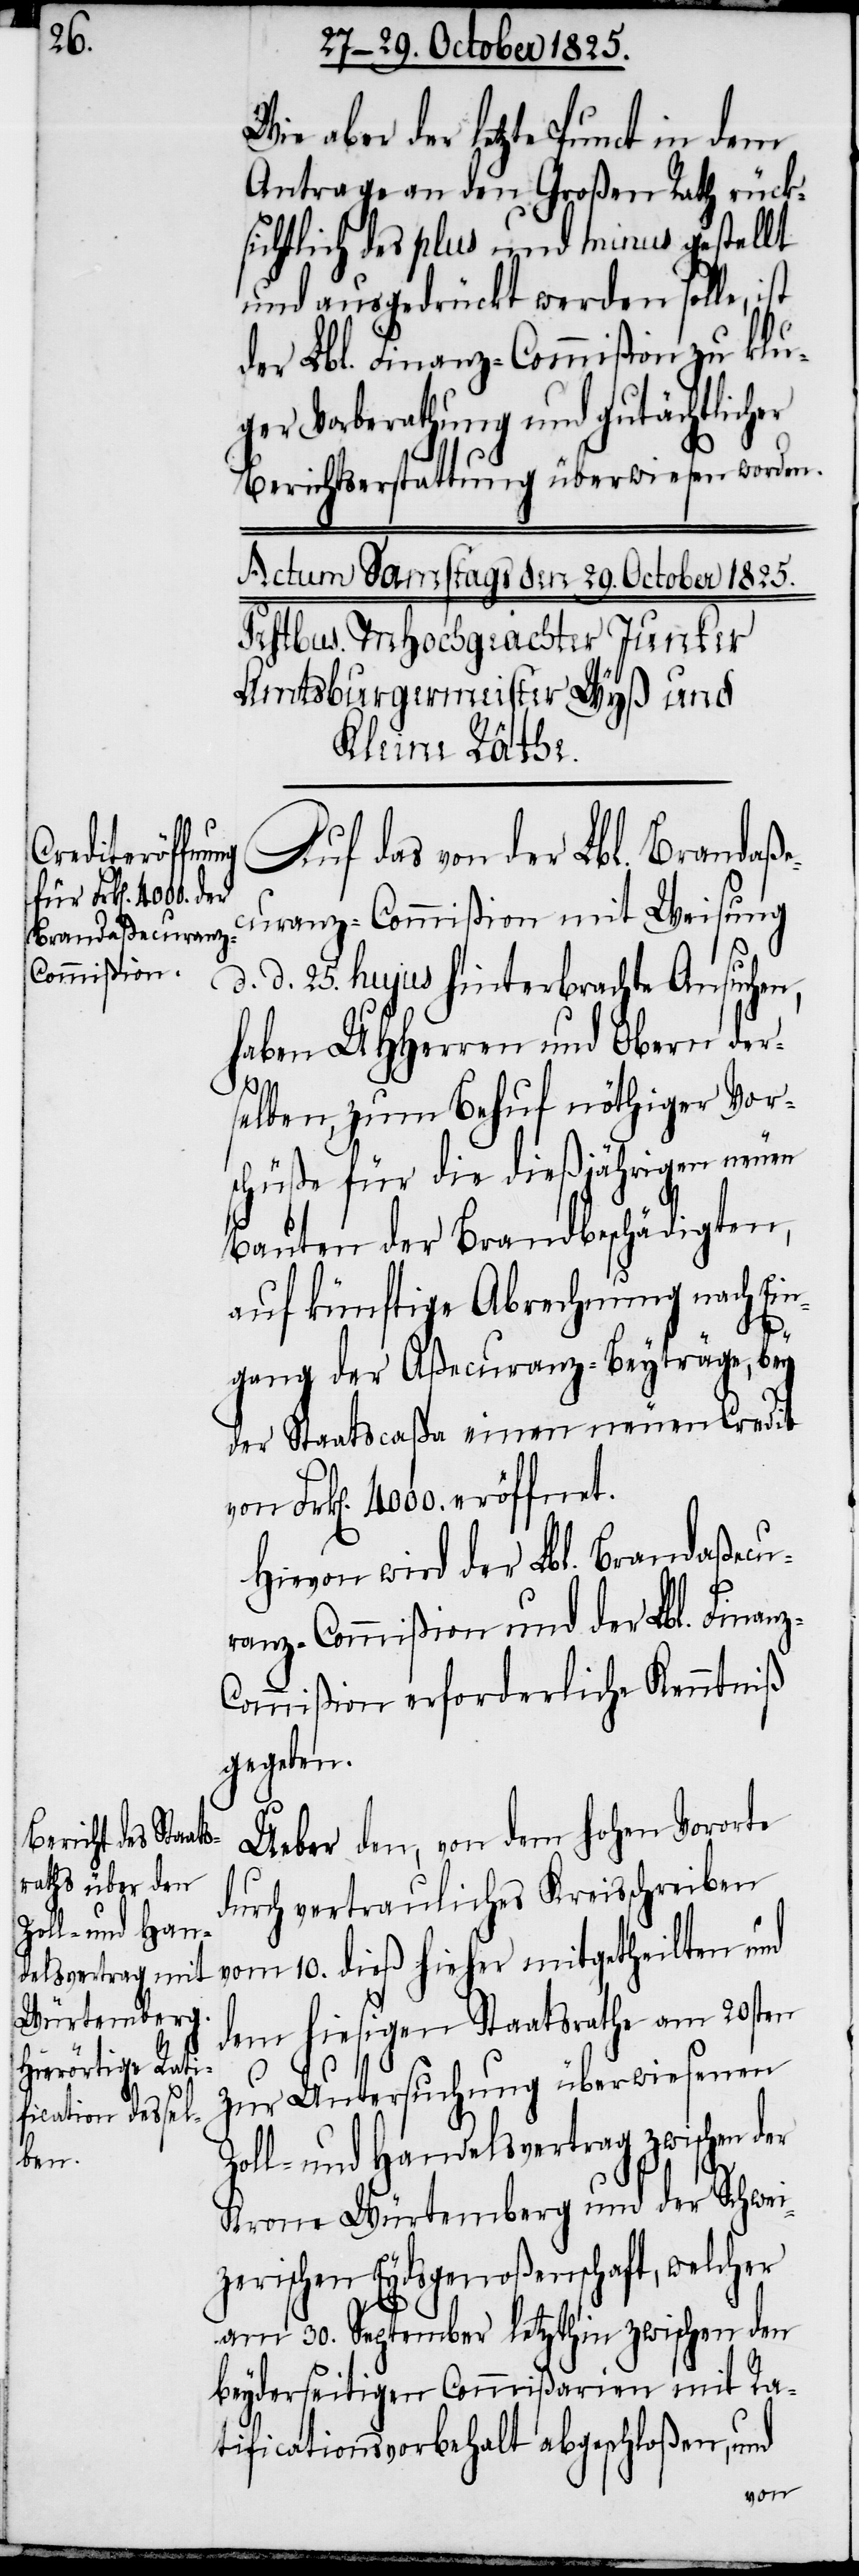
aber der letzte Punct in dem
Antrage an den Großen Rath rück¬
sichtlich des plus und minus gestellt
und ausgedrückt werden solle,
der Lbl. Finanz-Commißion zu klu¬
ger Vorberathung und gutächtlicher
Berichtserstattung überwiesen worden.
Auf das von der Lbl. Brandaße¬
curanz-Commißion mit Weisung
d. d. 25. hujus hinterbrachte Ansuchen,
haben UHHerren und Obern der¬
z-C¬
selben, zum Behuf nöthiger Vor¬
schüße für die dießjährigen neuen
Bauten der Brandbeschädigten,
auf künftige Abrechnung nach Ein¬
gang der Aßecuranz-Beyträge, bey
der Staatscaßa einen neuen Credit
Hievon wird der Lbl. Brandaßecu¬
ranz-Commißion und der Lbl. Finan¬
ommißion erforderliche Kenntniß
gegeben.
Ueber den, von dem hohen Vororte
durch vertrauliches Kreisschreiben
vom 10. dieß hieher mitgetheilten und
dem hiesigen Staatsrathe vom 20sten
zur Untersuchung überwiesenen
Zoll- und Handelsvertrag zwischen
Krone Würtemberg und der Schwei¬
zerischen Eydsgenoßenschaft, welcher
am 30. September letzthin zwischen den
beyderseitigen Commißarien mit Ra¬
tificationsvorbehalt abgeschloßen, und
von